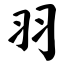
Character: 羽